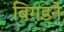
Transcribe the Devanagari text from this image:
बिग़डने